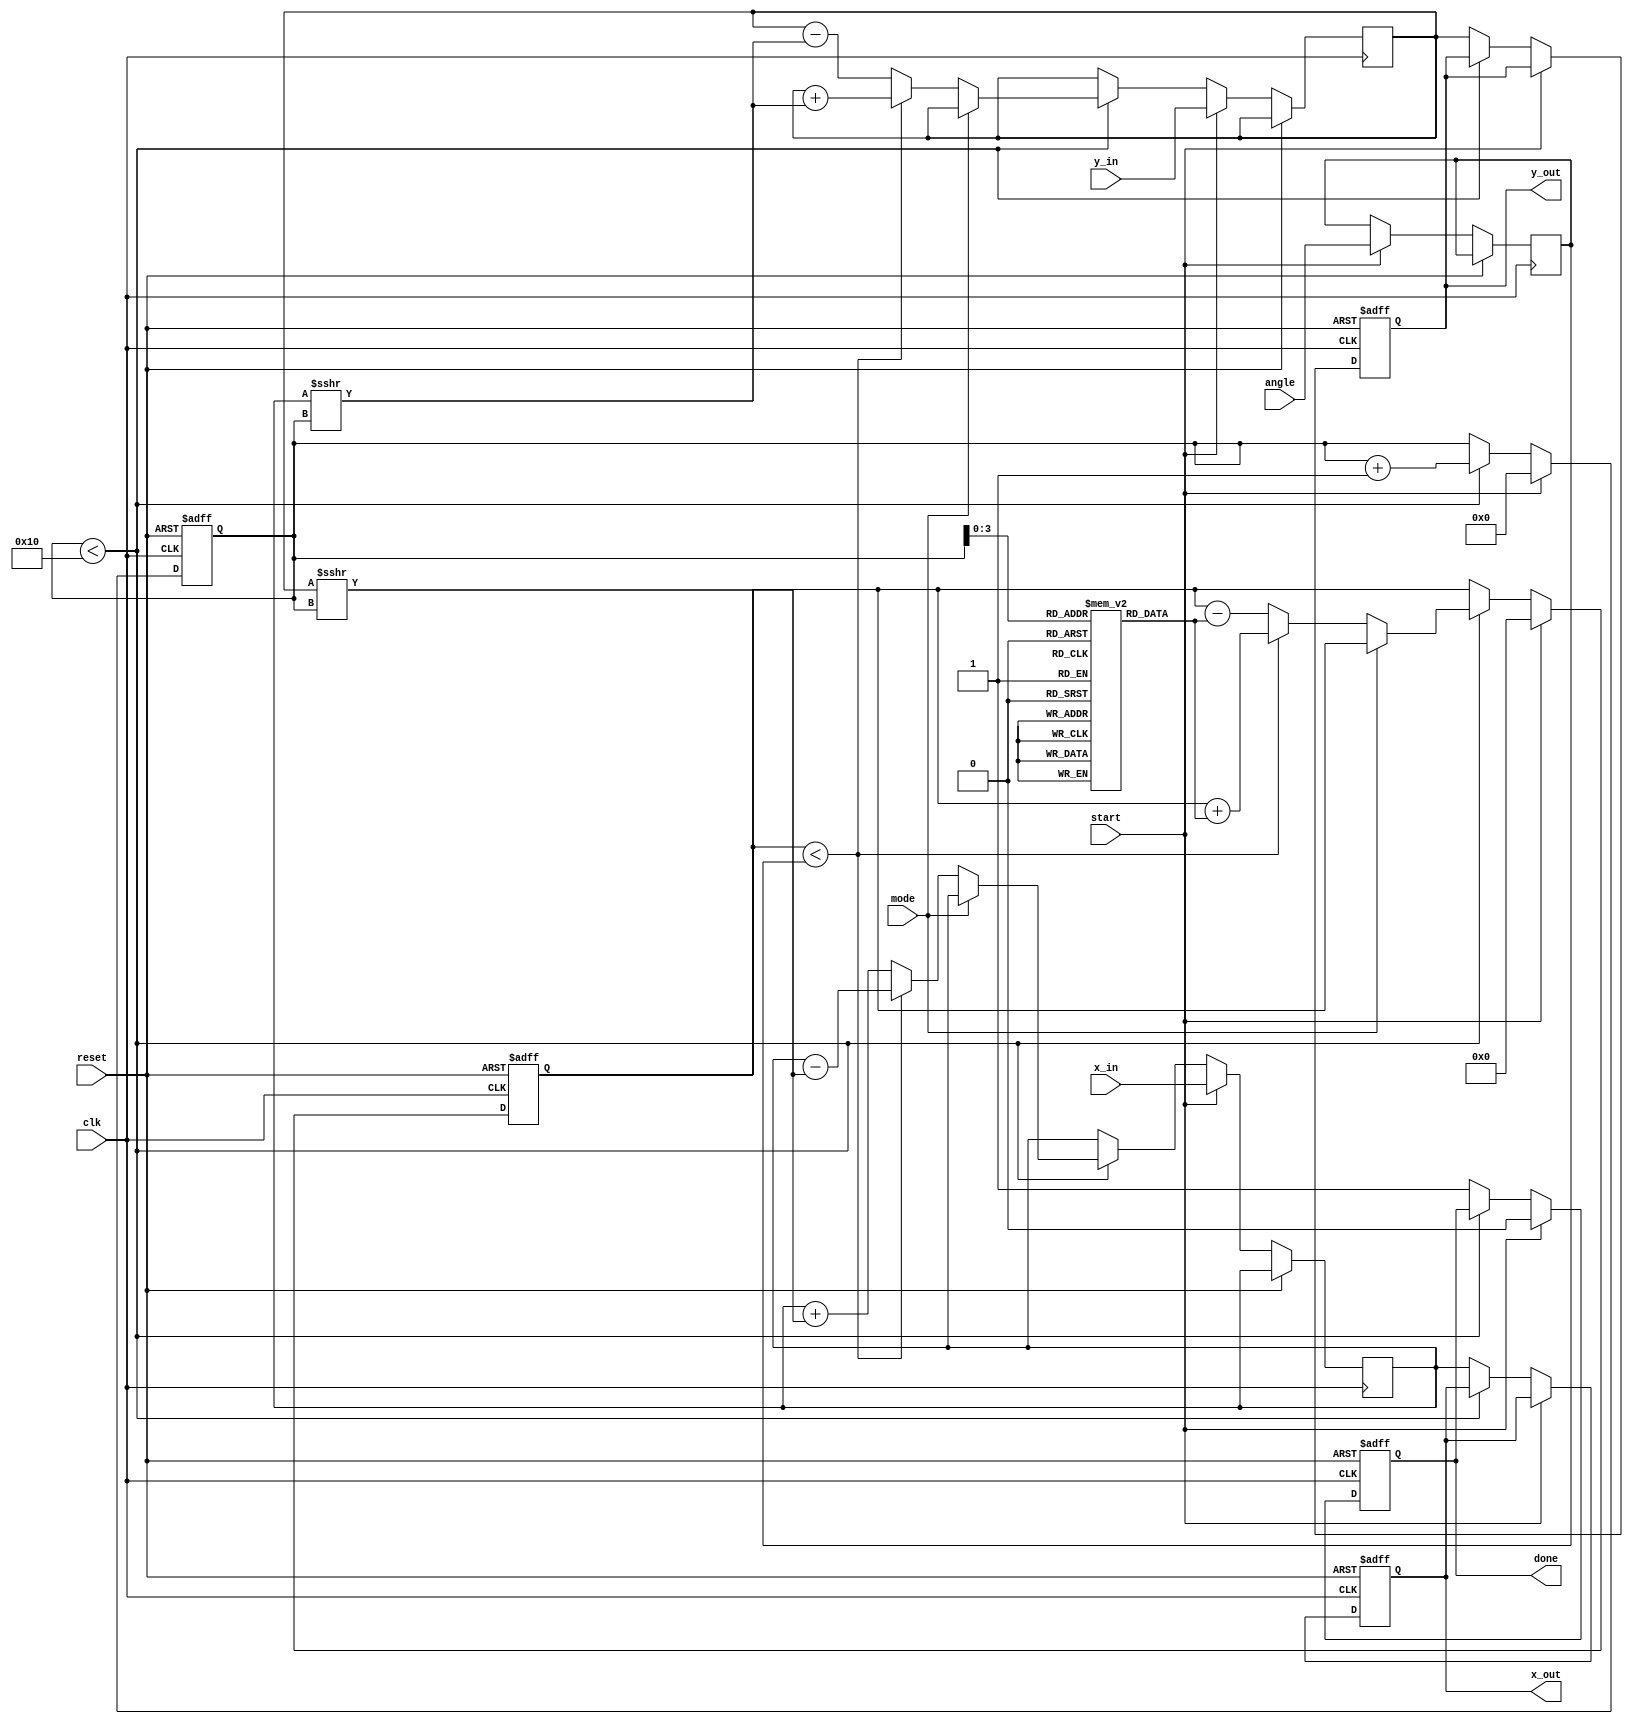
module adaptive_cordic #(
    parameter WIDTH = 16,         // Bit width for fixed-point representation
    parameter ITERATIONS = 16     // Number of CORDIC iterations
)(
    input wire clk,
    input wire reset,
    input wire [WIDTH-1:0] angle, // Input angle in radians (fixed-point)
    input wire [WIDTH-1:0] x_in,   // Input x value
    input wire [WIDTH-1:0] y_in,   // Input y value
    input wire mode,                // Mode selection (0: rotation, 1: vectoring)
    input wire start,               // Start signal for computation
    output reg [WIDTH-1:0] x_out,   // Output x value
    output reg [WIDTH-1:0] y_out,   // Output y value
    output reg done                 // Done signal
);

    // CORDIC constants (atan values)
    reg [WIDTH-1:0] atan_table [0:ITERATIONS-1];
    initial begin
        // Precomputed arctangent values (fixed-point)
        atan_table[0] = 16'h2000; // atan(1) = pi/4 in fixed-point
        atan_table[1] = 16'h1000; // atan(0.5)
        atan_table[2] = 16'h0800; // atan(0.25)
        // ... Fill in the rest of the atan_table
    end

    // Internal signals
    reg [WIDTH-1:0] x_reg, y_reg;
    reg [WIDTH-1:0] angle_reg;
    reg [4:0] iteration; // Iteration counter
    reg [WIDTH-1:0] z_reg; // Angle accumulator

    // Control logic
    always @(posedge clk or posedge reset) begin
        if (reset) begin
            x_out <= 0;
            y_out <= 0;
            done <= 0;
            iteration <= 0;
            z_reg <= 0;
        end else if (start) begin
            // Initialize registers
            x_reg <= x_in;
            y_reg <= y_in;
            angle_reg <= angle;
            z_reg <= 0;
            iteration <= 0;
            done <= 0;
        end else if (iteration < ITERATIONS) begin
            // CORDIC iteration
            if (mode == 0) begin // Rotation mode
                if (z_reg < angle_reg) begin
                    x_reg <= x_reg - (y_reg >>> iteration);
                    y_reg <= y_reg + (x_reg >>> iteration);
                    z_reg <= z_reg + atan_table[iteration];
                end else begin
                    x_reg <= x_reg + (y_reg >>> iteration);
                    y_reg <= y_reg - (x_reg >>> iteration);
                    z_reg <= z_reg - atan_table[iteration];
                end
            end else begin // Vectoring mode
                // Implement vectoring logic here
            end
            iteration <= iteration + 1;
        end else begin
            // Output results
            x_out <= x_reg;
            y_out <= y_reg;
            done <= 1;
        end
    end

endmodule